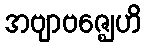
အဗျာဗဇ္ဈေဟိ